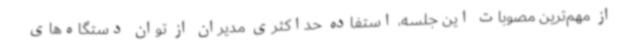
از مهم‌ترین مصوبات این جلسه، استفاده حداکثری مدیران از توان دستگاه‌های